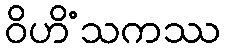
ဝိဟိံသကဿ